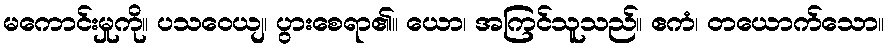
မကောင်းမှုကို။ ပသဝေယျ၊ ပွားစေရာ၏။ ယော၊ အကြင်သူသည်။ ဧကံ၊ တယောက်သော။